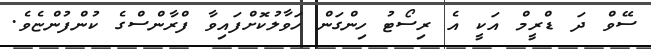
ސޭވް ދަ ޑްރީމް އަކީ އެ ރިސޯޓު ހިންގަން ހަވާލުކޮށްފައިވާ ފްރާންސްގެ ކުންފުންޏެވެ.